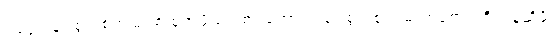
၁၉၄၈ မှာ စွယ်စုံကျမ်း စထုတ်ဖို့ စဉ်းစားတော့ ပြည်ပစွယ်စုံကျမ်းတစောင်ကို ပြန်ဆိုဖို့